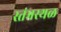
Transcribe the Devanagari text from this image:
स्तंभस्थळ